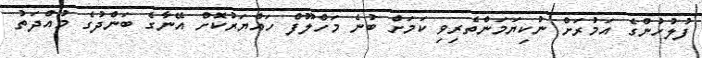
ފުލުހުންގެ އަމުރަށް ނުކިޔަމަންތެރިވި ކަމަށް ބުނެ މަހްލޫފް ހައްޔަރުކޮށް އޭނާގެ ބަންދުގެ މުއްދަތު